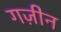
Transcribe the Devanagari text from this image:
गज़ीन